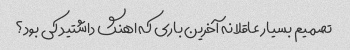
تصمیم بسیار عاقلانه آخرین باری که اهنگ داشتید کی بود؟